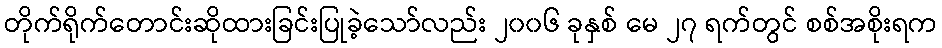
တိုက်ရိုက်တောင်းဆိုထားခြင်းပြုခဲ့သော်လည်း ၂၀၀၆ ခုနှစ် မေ ၂၇ ရက်တွင် စစ်အစိုးရက